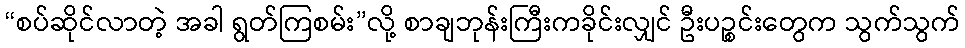
“စပ်ဆိုင်လာတဲ့ အခါ ရွတ်ကြစမ်း”လို့ စာချဘုန်းကြီးကခိုင်းလျှင် ဦးပဉ္စင်းတွေက သွက်သွက်